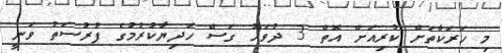
މި ހަރަކާތަށް ކުރިއަށް އޮތް 3 ދުވަހު ގަސް ހަދިޔާކުރުމުގެ ފުރުސަތު ވަނީ